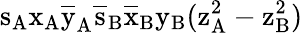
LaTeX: \mathrm{s_{A}\mathrm{x_{A}\mathrm{\overline{{y}}_{A}\mathrm{\overline{{s}}_{B}\mathrm{\overline{{x}}_{B}\mathrm{y_{B}(\mathrm{z_{A}^{2}-\mathrm{z_{B}^{2})}}}}}}}}